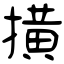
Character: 撗